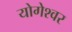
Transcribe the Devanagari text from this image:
योगेश्‍वर